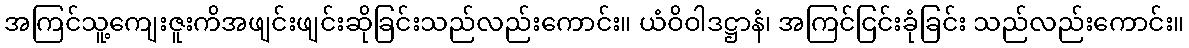
အကြင်သူ့ကျေးဇူးကိအဖျင်းဖျင်းဆိုခြင်းသည်လည်းကောင်း။ ယံဝိဝါဒဋ္ဌာနံ၊ အကြင်ငြင်းခုံခြင်း သည်လည်းကောင်း။